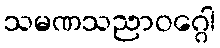
သမဏသညာဝဂ္ဂေါ